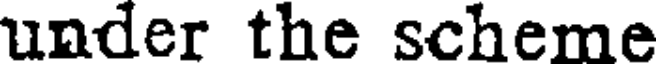
under the scheme